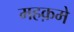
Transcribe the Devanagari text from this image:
महक़मे